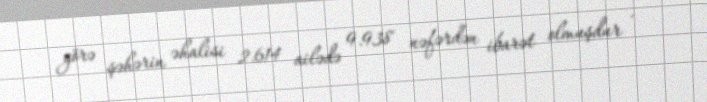
görə şəhərin əhalisi 2.614 ailədə 9.938 nəfərdən ibarət olmuşdur .